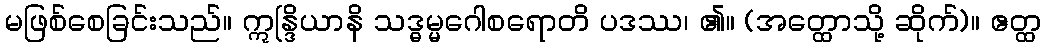
မဖြစ်စေခြင်းသည်။ ဣန္ဒြိယာနိ သဒ္ဓမ္မဂေါစရောတိ ပဒဿ၊ ၏။ (အတ္ထောသို့ ဆိုက်)။ ဧတ္ထ